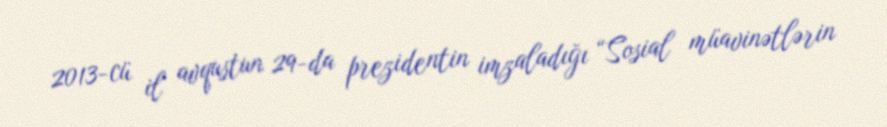
2013-cü il avqustun 29-da prezidentin imzaladığı “Sosial müavinətlərin